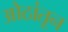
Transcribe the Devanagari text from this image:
ओठांतून